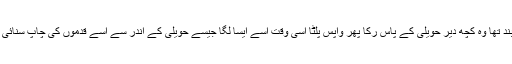
سپاہی چلتا ہوا حویل کے پاس جاپہنچا حویلی کا درواہ بند تھا وہ کچھ دیر حویلی کے پاس رکا پھر واپس پلٹا اسی وقت اسے ایسا لگا جیسے حویلی کے اندر سے اسے قدموں کی چاپ سنائی دی ہو سپاہی بھاگ کر ایک درخت کی اوٹ میں ہوگیا۔